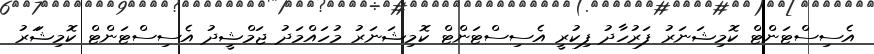
އެސިސްޓަންޓް ކޮމިޝަނަރު ފަރުހާދު ފިކުރީ އެސިސްޓަންޓް ކޮމިޝަނަރު މުހައްމަދު ޖަމްޝީދު އެސިސްޓަންޓް ކޮމިޝަަރު